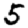
Digit: 5